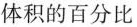
体积的百分比